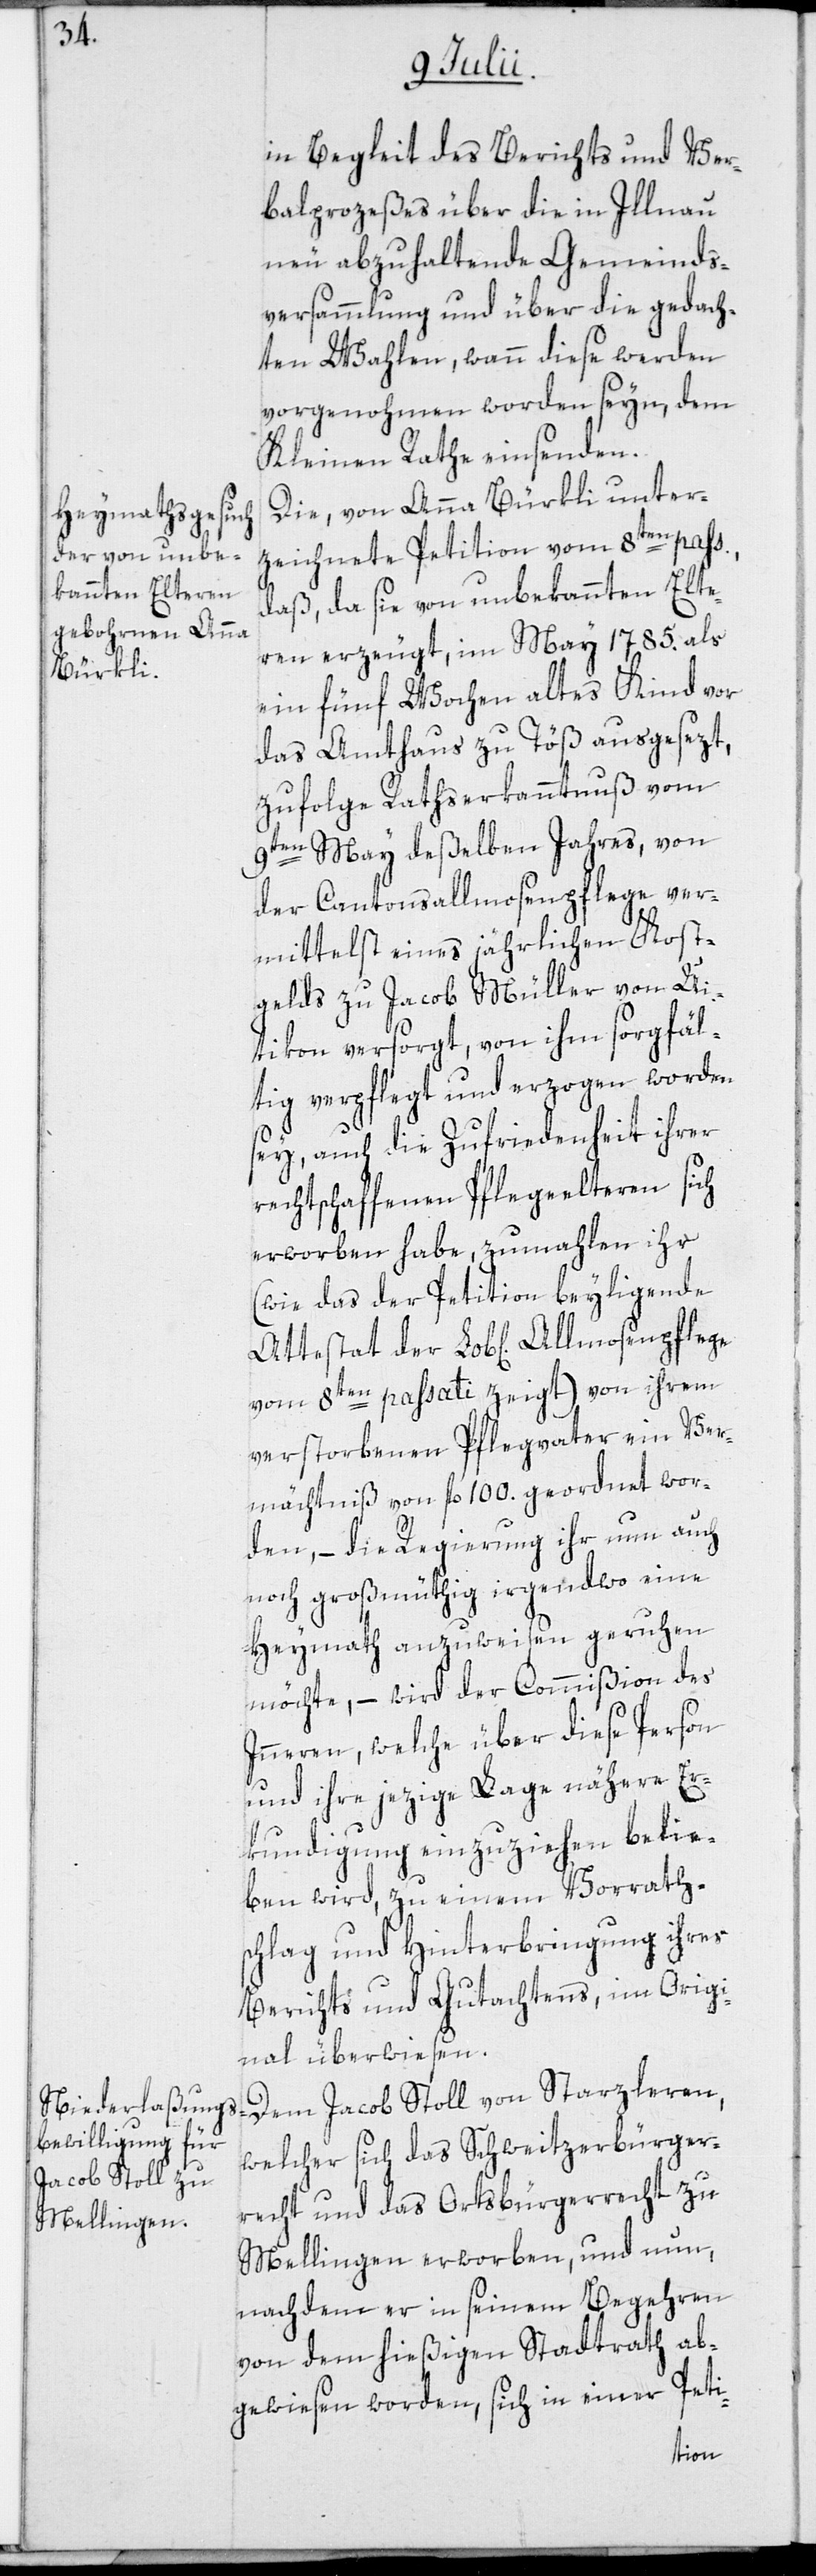
in Begleit des Berichts und Ver¬
balprozeßes über die in Illnau
neu abzuhaltende Gemeinds¬
versammlung und über die gedach¬
ten Wahlen, wann diese werden
vorgenohmen worden seyn, dem
Kleinen Rathe einsenden.
Die, von Anna Bürkli unter¬
zeichnete Petition vom 8ten pass.,
daß, da sie von unbekannten Elte¬
ren erzeugt, im May 1785. als
ein fünf Wochen altes Kind vor
das Amtshaus zu Töß ausgesezt,
zufolge Rathserkanntnuß vom
9ten May deßelben Jahres, von
der Cantonsallmosenpflege ver¬
mittelst eines jährlichen Kost¬
gelds zu Jacob Müller von Ui¬
tikon versorgt, von ihm sorgfäl¬
tig verpflegt und erzogen worden
sey, auch die Zufriedenheit ihrer
rechtschaffenen Pflegeelteren sich
erworben habe, zumahlen ihr
(wie das der Petition beyligende
vom 8ten passati zeigt) von ihrem
verstorbenen Pflegvater ein Ver¬
mächtniß von fl. 100. geordnet wor¬
den, – die Regierung ihr nun auch
noch großmüthig irgendwo eine
Heymath anzuweisen geruhen
möchte, – wird der Commißion des
Inneren, welche über diese Person
und ihre jezige Lage nähere Er¬
kundigung einzuziehen belie¬
ben wird, zu einem Vorraths¬
chlag und Hinterbringung ihres
Berichts und Gutachtens, im Origi¬
nal überwiesen.
Dem Jacob Stoll von Starzleren,
welcher sich das Schweitzerbürger¬
recht und das Ortsbürgerrecht zu
Mellingen erworben, und nun,
nachdem er in seinem Begehren
von dem hießigen Stadtrath ab¬
gewiesen worden, sich in einer Peti-